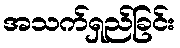
အသက်ရှည်ခြင်း